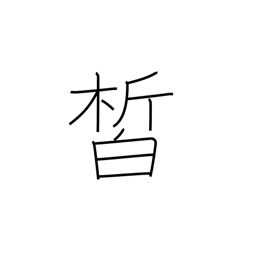
Meaning: clear